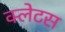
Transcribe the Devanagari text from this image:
क्लेटस